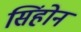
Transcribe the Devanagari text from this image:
सिंहोन